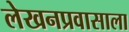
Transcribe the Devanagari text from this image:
लेखनप्रवासाला